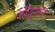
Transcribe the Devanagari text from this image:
होंदुरास